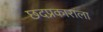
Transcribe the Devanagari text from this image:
छदप्रकाराला